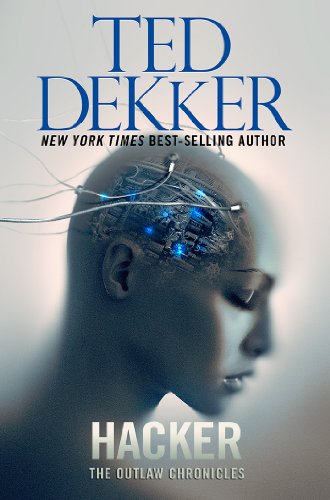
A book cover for Hacker (Outlaw Chronicles); Ted Dekker; Christian Books & Bibles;